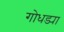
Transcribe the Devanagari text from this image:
गोधड्या